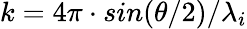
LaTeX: k=4\pi\cdot sin(\theta/2)/\lambda_{i}